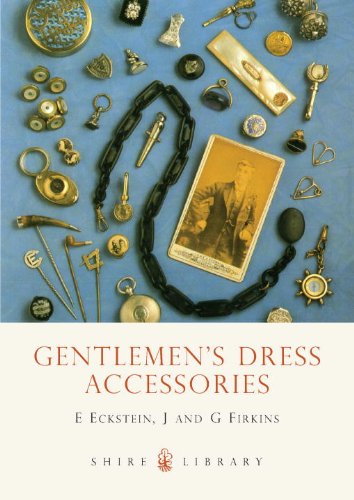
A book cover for Gentlemen's Dress Accessories (Shire Library); E. Eckstein; Crafts, Hobbies & Home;